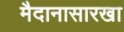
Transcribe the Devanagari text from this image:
मैदानासारखा